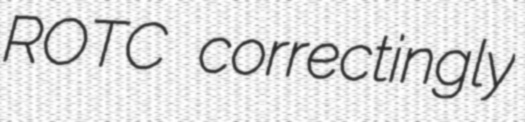
ROTC correctingly